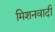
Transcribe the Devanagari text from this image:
मिशनवादी